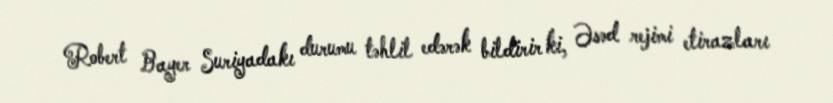
Robert Bayer Suriyadakı durumu təhlil edərək bildirir ki, Əsəd rejimi etirazları